Malaria in the Punjab - Number 46
Disease focus: Malaria
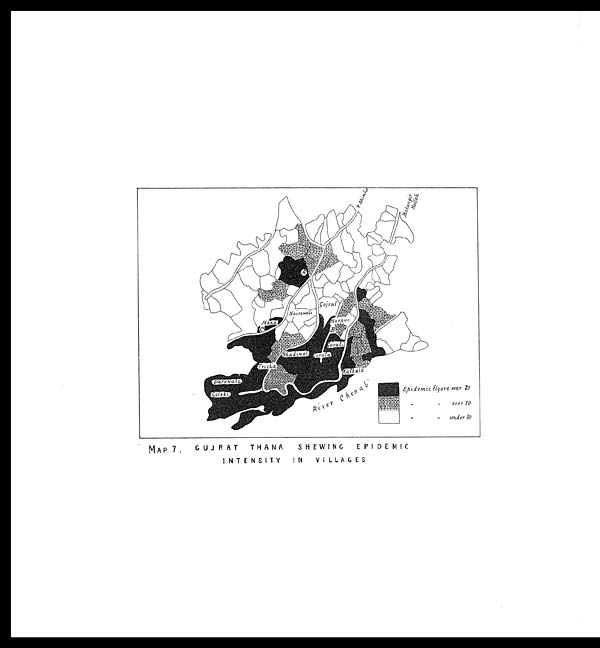
MAP 7.
GUJRAT THANA
SHEWING EPIDEMIC
INTENSITY IN VILLAGES